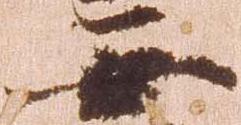
無